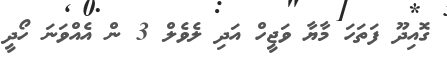
ގޮއިދޫ ފަތަހަ މާޔާ ވަޖީހް އަދި ލެވެލް 3 ން އެއްވަނަ ހޯދީ